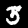
Label: 3